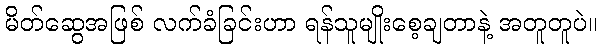
မိတ်ဆွေအဖြစ် လက်ခံခြင်းဟာ ရန်သူမျိုးစေ့ချတာနဲ့ အတူတူပဲ။